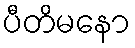
ပီတိမနော